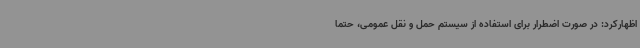
اظهارکرد: در صورت اضطرار برای استفاده از سیستم حمل و نقل عمومی، حتما